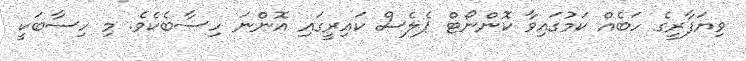
ވިޔަފާރީގެ ހަބެއް ކަމުގައިވާ ކޮންނޯޓް ޕެލެސް ކައިރީގައި އޮންނަ ހިސާބެކެވެ. މި ހިސާބަކީ